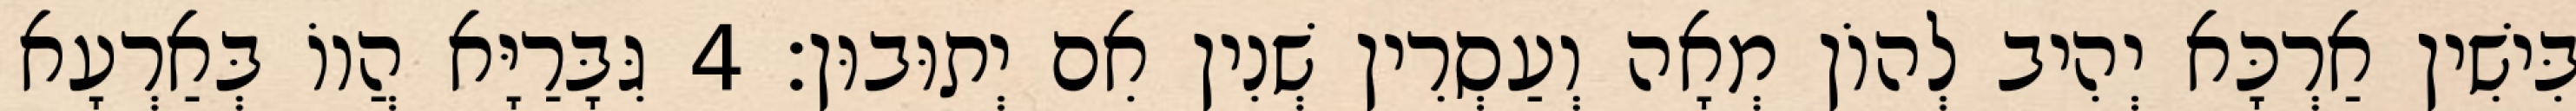
בִּישִׁין אַרְכָּא יְהִיב לְהוֹן מְאָה וְעַסְרִין שְׁנִין אִם יְתוּבוּן׃ 4 גִּבָּרַיָּא הֲווֹ בְּאַרְעָא